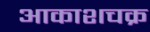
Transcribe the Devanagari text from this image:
आकाशचक्र